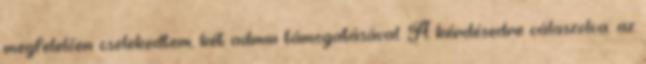
megfelelően cselekedtem, két admin támogatásával. A kérdésedre válaszolva: az